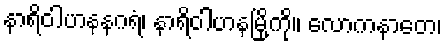
နာရိဝါဟနနဂရံ၊ နာရိဝါဟနမြို့ကို။ လောကနာတေ၊